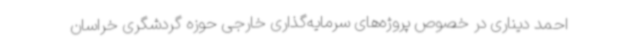
احمد دیناری در خصوص پروژه‌های سرمایه‌گذاری خارجی حوزه گردشگری خراسان